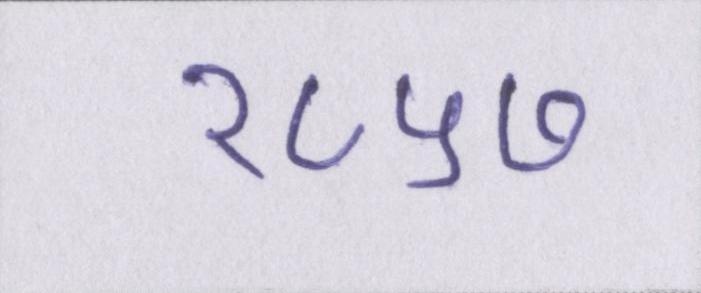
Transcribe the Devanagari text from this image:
१८५७